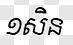
១សិន